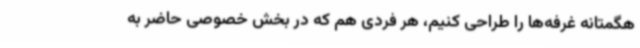
هگمتانه غرفه‌ها را طراحی کنیم، هر فردی هم که در بخش خصوصی حاضر به